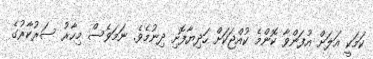
ކަމަކީ އަލަށް އުފަންވާ ކޮންމެ ކުއްޖަކަށް ހަދިޔާފޮށި ދިނުމެވެ. ނަމަވެސް މިހާރު ސަރުކާރުގެ